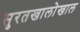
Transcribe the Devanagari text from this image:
सुरतखालोखाल